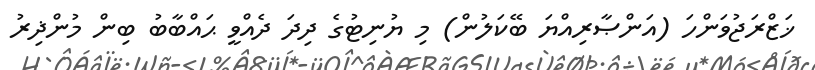
ޚަޒްރަޖުވަންހަ (އަންޞާރިއްޔަ ބޭކަލުން) މި ޔުނިޓުގެ ދިދަ ދެއްވީ ޙައްބާބު ބިން މުންޛިރު